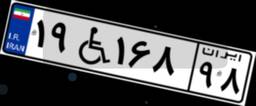
۱۹W۱۶۸۹۸